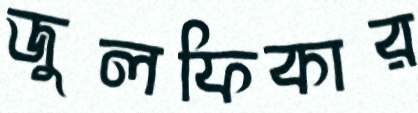
জুলফিকার